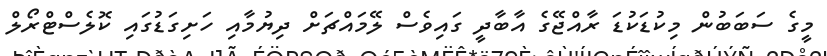
މީގެ ސަބަބުން މިކުޑަކުޑަ ރާއްޖޭގެ އާބާދީ ގައިވެސް ލޭމައްޗަށް ދިޔުމާއި ހަށިގަޑުގައި ކޮލެސްޓްރޯލް